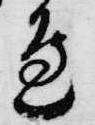
辺